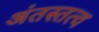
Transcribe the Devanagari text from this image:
अंतस्तत्व